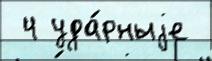
 4 уда́рныjе